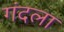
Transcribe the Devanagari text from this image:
गंदला